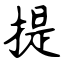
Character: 提